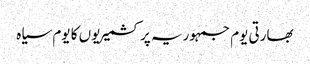
بھارتی یوم جمہوریہ پر کشمیریوں کا یوم سیاہ